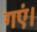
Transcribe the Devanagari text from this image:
गएं।